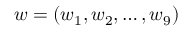
\boldsymbol { w } = ( w _ { 1 } , w _ { 2 } , \dots , w _ { 9 } )